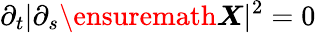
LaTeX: \partial_{t}\vert\partial_{s}{\ensuremath\boldsymbol{X}}\vert^{2}=0